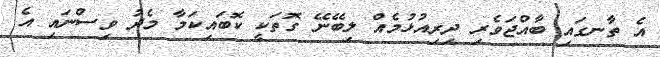
އެ ތާނގައި ބާއްޖަވެރި ދިރިއުޅުމެއް ލިބޭނޭ ގޮތަކީ ކޮބައިކަމާ މެދު ވިސްނައި އެ